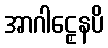
အာဂါဠှေနပိ